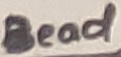
Text: Bead